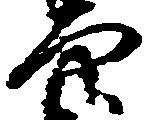
穴